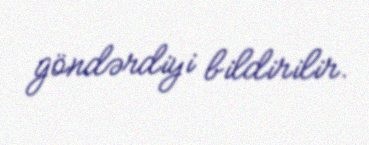
göndərdiyi bildirilir.